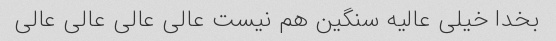
بخدا خیلی عالیه سنگین هم نیست عالی عالی عالی عالی